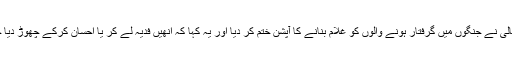
اللہ تعالیٰ نے جنگوں میں گرفتار ہونے والوں کو غلام بنانے کا آپشن ختم کر دیا اور یہ کہا کہ انھیں فدیہ لے کر یا احسان کرکے چھوڑ دیا جائے۔